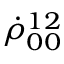
\dot { \rho } _ { 0 0 } ^ { 1 2 }